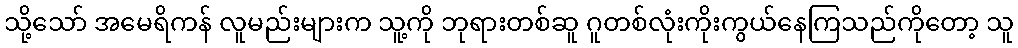
သို့သော် အမေရိကန် လူမည်းများက သူ့ကို ဘုရားတစ်ဆူ ဂူတစ်လုံးကိုးကွယ်နေကြသည်ကိုတော့ သူ